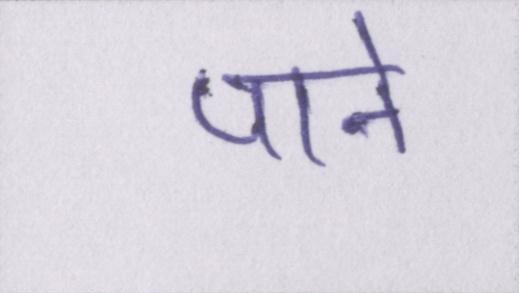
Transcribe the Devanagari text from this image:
पाने